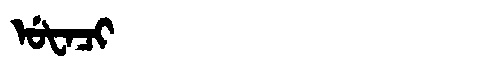
Manchu: ᡠᡶᠠᠴᡳ
Romanization: UFACI